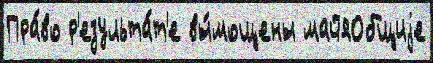
Пра́во р'езульта́т'е вы́мощены майяОбщиjе